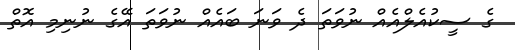
ގެ ސީކުއެލްއެއް ނުވަތަ ދެ ވަނަ ބައެއް ނުވަތަ އޭގެ ނުނިމި އޮތް